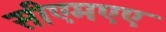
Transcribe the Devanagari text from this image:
सीएमएए